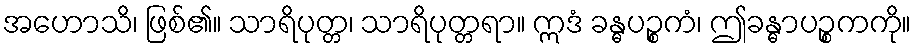
အဟောသိ၊ ဖြစ်၏။ သာရိပုတ္တ၊ သာရိပုတ္တရာ။ ဣဒံ ခန္ဓပဉ္စကံ၊ ဤခန္ဓာပဉ္စကကို။